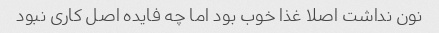
نون نداشت اصلا غذا خوب بود اما چه فایده اصل کاری نبود